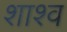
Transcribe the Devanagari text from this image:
शाश्व